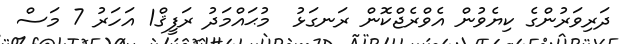
ދަރިވަރުންގެ ކިޔެވުން އެވްރެޖްކޮން ރަނގަޅު  މުޙައްމަދު ރަފީޤް1 އަހަރު 7 މަސް